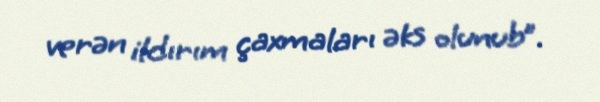
verən ildırım çaxmaları əks olunub”.